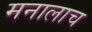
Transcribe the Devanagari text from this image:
मनालाच